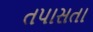
તપાસતા